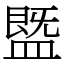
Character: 䀈